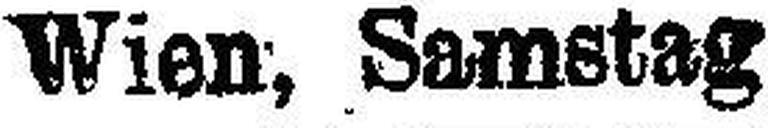
Wien, Samstag